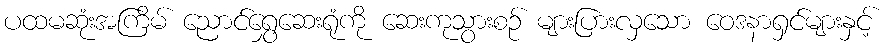
ပထမဆုံးအကြိမ် ညောင်ရွှေဆေးရုံကို ဆေးကုသွားစဉ် များပြားလှသော ဝေဒနာရှင်များနှင့်